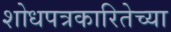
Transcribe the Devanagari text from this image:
शोधपत्रकारितेच्या